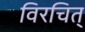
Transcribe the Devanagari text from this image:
विरचित्